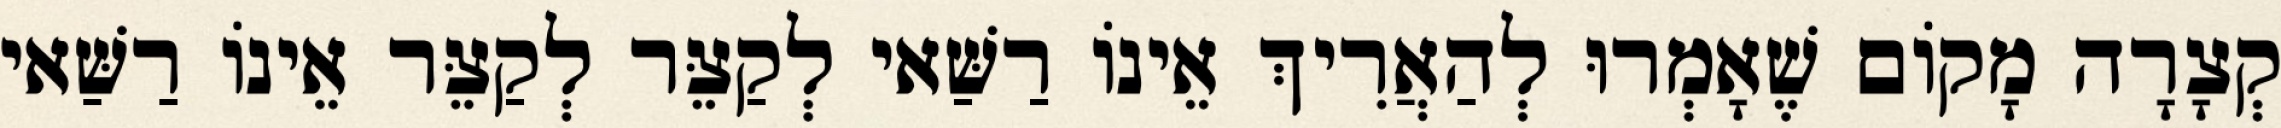
קְצָרָה מָקוֹם שֶׁאָמְרוּ לְהַאֲרִיךְ אֵינוֹ רַשַּׁאי לְקַצֵּר לְקַצֵּר אֵינוֹ רַשַּׁאי